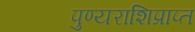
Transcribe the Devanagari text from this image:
पुण्यराशिप्राप्त